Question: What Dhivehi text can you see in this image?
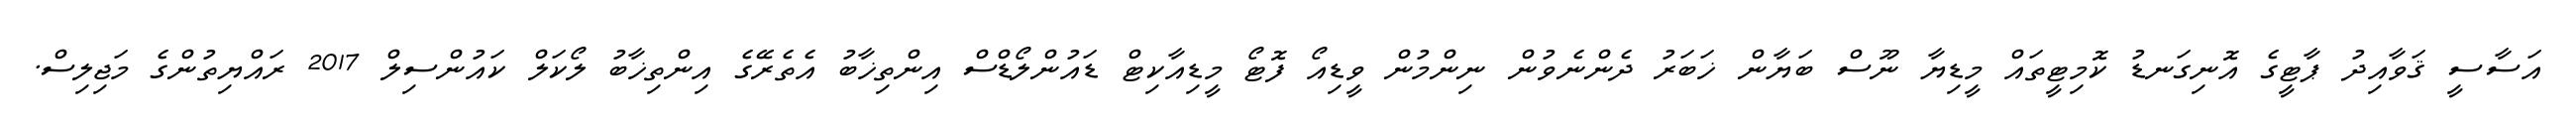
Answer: އަސާސީ ޤަވާއިދު ޕާޓީގެ އޮނިގަނޑު ކޮމިޓީތައް މީޑިޔާ ނޫސް ބަޔާން ޚަބަރު ދެންނެވުން ނިންމުން ވީޑިއޯ ފޮޓޯ މީޑިއާކިޓް ޑައުންލޯޑްސް އިންތިޚާބު އެތެރޭގެ އިންތިޚާބު ލޯކަލް ކައުންސިލް 2017 ރައްޔިތުންގެ މަޖިލިސް.